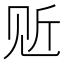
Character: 𲁒